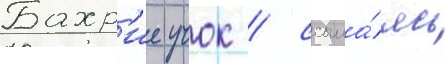
Бахр'ие учок / ссыла́ясь